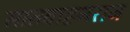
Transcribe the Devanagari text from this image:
सातवाहनराज